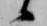
候